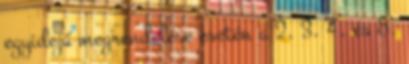
egyidejű megrendelése esetén a 2. 3. 4. és 5.